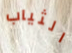
الثياب